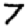
Digit: 7